Burma Government Medical School reports 1923-41
Year: 1923
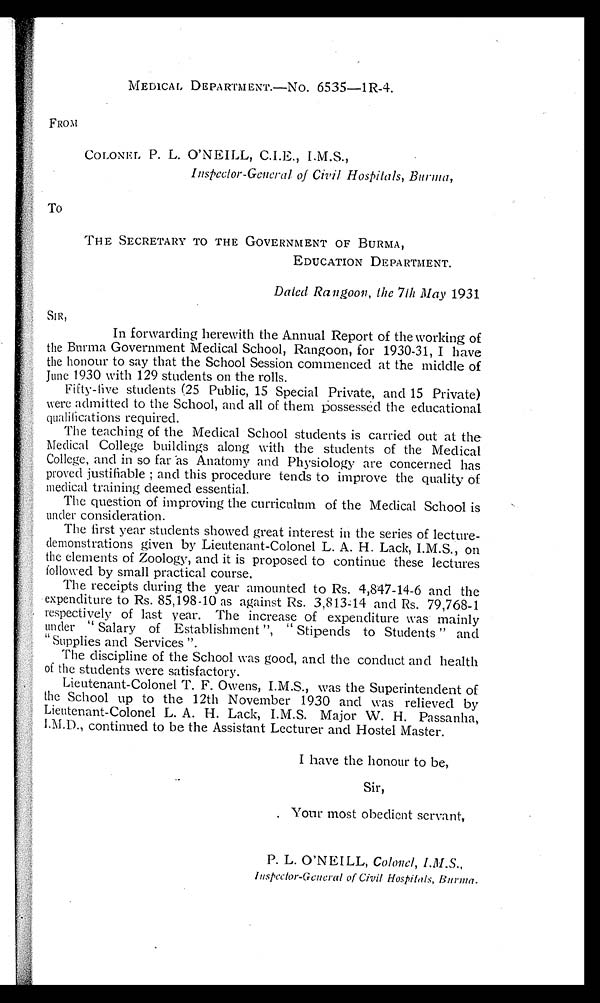
FROM
TO
MEDICAL DEPARTMENT.—NO. 6535—1R-4.
COLONEL P. L. O'NEILL, C.I.E., I.M.S.,
Inspector-General of Civil Hospitals, Burma,
THE SECRETARY TO THE GOVERNMENT OF BURMA,
EDUCATION DEPARTMENT.
Dated Rangoon, the 7th May 1931
SIR, In forwarding herewith the Annual Report of the working of
the Burma Government Medical School,, Rangoon, for 1930-31, I have
the honour to say that the School Session commenced at the middle of
June 1930 with 129 students on the rolls.
Fifty-five students (25 Public, 15 Special Private, and 15 Private)
were admitted to the School, and all of them possessed the educational
qualifications required.
The teaching of the Medical School students is carried out at the
Medical College buildings along with the students of the Medical
College, and in so far as Anatomy and Physiology are concerned has
proved justifiable ; and this procedure tends to improve the quality of
medical training deemed essential.
The question of improving the curriculum of the Medical School is
under consideration.
The first year students showed great interest in the series of lecture-
demonstrations given by Lieutenant-Colonel L. A. H. Lack, I.M.S., on
the elements of Zoology, and it is proposed to continue these lectures
followed by small practical course.
The receipts during the year amounted to Rs. 4,847-14-6 and the
expenditure to Rs. 85,198-10 as against Rs. 3,813-14 and Rs. 79,768-1
respectively of last year. The increase of expenditure was mainly
under "Salary of Establishment", "Stipends to Students" and
"Supplies and Services ".
The discipline of the School was good, and the conduct and health
of the students were satisfactory.
Lieutenant-Colonel T. F. Owens, I.M.S., was the Superintendent of
the School up to the 12th November 1930 and was relieved by
Lieutenant-Colonel L. A. H. Lack, I.M.S. Major W. H. Passanha,
I.M.D.,continued to be the Assistant Lecturer and Hostel Master.
I have the honour to be,
Sir,
Your most obedient servant,
P. L. O'NEILL, Colonel, I.M.S.,
Inspector-General of Civil Hospitals, Burma.